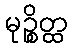
မုဉ္စိတ္ထ